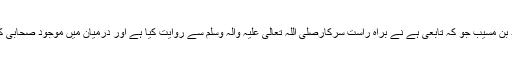
اس حدیث کو سعید بن مسیب جو کہ تابعی ہے نے براہ راست سرکارصلی اللہ تعالی علیہ والہ وسلم سے روایت کیا ہے اور درمیان میں موجود صحابی کا نام ذکر نہیں کیا۔